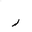
Letter: _ra